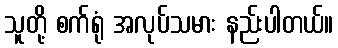
သူတို့ စက်ရုံ အလုပ်သမား နည်းပါတယ်။